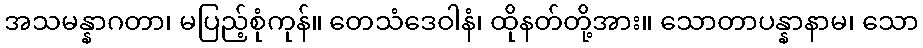
အသမန္နာဂတာ၊ မပြည့်စုံကုန်။ တေသံဒေဝါနံ၊ ထိုနတ်တို့အား။ သောတာပန္နာနာမ၊ သော